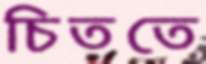
চিততে